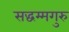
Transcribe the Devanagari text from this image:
सद्धम्मगुरु